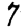
Digit: 7